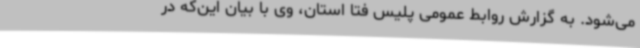
می‌شود. به گزارش روابط عمومی پلیس فتا استان، وی با بیان این‌که در